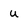
Character: U